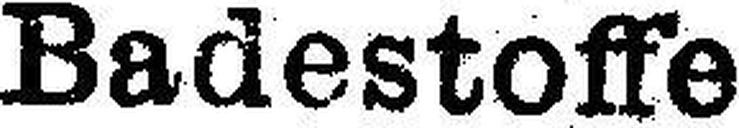
Badestoffe